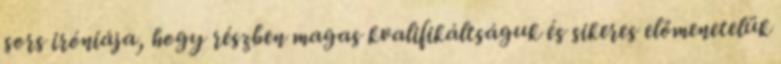
sors iróniája, hogy részben magas kvalifikáltságuk és sikeres előmenetelük